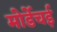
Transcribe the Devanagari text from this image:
मोर्डेचई